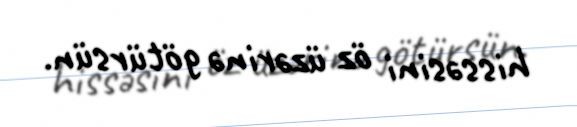
hissəsini öz üzərinə götürsün.